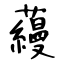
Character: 蘰